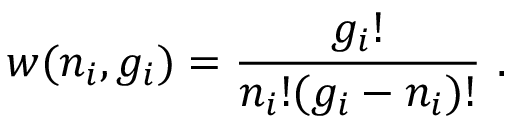
w ( n _ { i } , g _ { i } ) = { \frac { g _ { i } ! } { n _ { i } ! ( g _ { i } - n _ { i } ) ! } } \ .